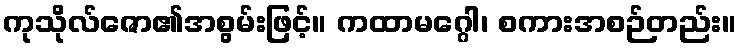
ကုသိုလ်ဇော၏အစွမ်းဖြင့်။ ကထာမဂ္ဂေါ၊ စကားအစဉ်တည်း။